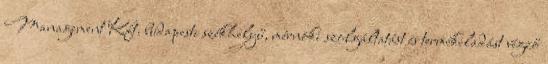
Management Kft. budapesti székhelyű, mérnöki szolgáltatást és termékeladást végző